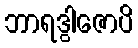
ဘာရဒွါဇောပိ